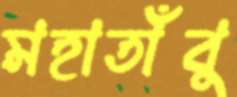
মহাতাঁবু